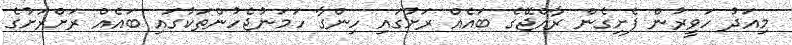
މިއަދު ހަވީރުން ފެށިގެން ރާއްޖޭގެ ބައެއް ރަށުގައި ހިންގާ ހަމަނުޖެހުންތަކުގައި ބައެއް ރަށްރަށުގެ